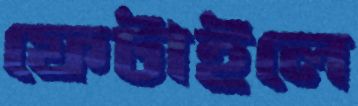
ফেটাইলে